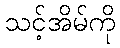
သင့်အိမ်ကို